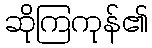
ဆိုကြကုန်၏